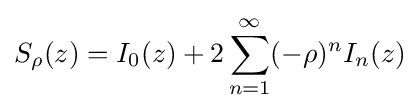
S_{\rho }(z)=I_{0}(z)+2\sum _{n=1}^{\infty }(-\rho )^{n}I_{n}(z)